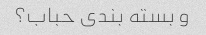
و بسته بندی حباب؟